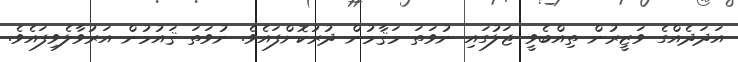
އަދަދެއްގެ ވަޒީރުން ތިއްބެވީ ޖަލުގައި ނުވަތަ މަޤާމުން ދުރުކޮށްފައެވެ. ނުވަތަ ޤައުމުން އަރުވާލެވިފައެވެ.